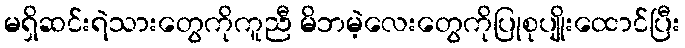
မရှိဆင်းရဲသားတွေကိုကူညီ မိဘမဲ့လေးတွေကိုပြုစုပျိုးထောင်ပြီး